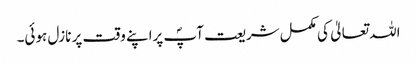
اللہ تعالیٰ کی مکمل شریعت آپؐ پراپنے وقت پر نازل ہوئی۔